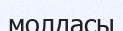
молдасы